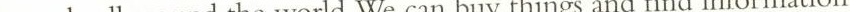
people all around the world.We can buy things and find information